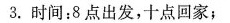
3.时间：8点出发，十点回家；